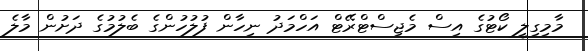
މާމިގިލީ ކޯޓުގެ އިސް މެޖިސްޓްރޭޓް އަހްމަދު ނިހާން ފުލުހުންގެ ބެލުމުގެ ދަށުން މާލެ